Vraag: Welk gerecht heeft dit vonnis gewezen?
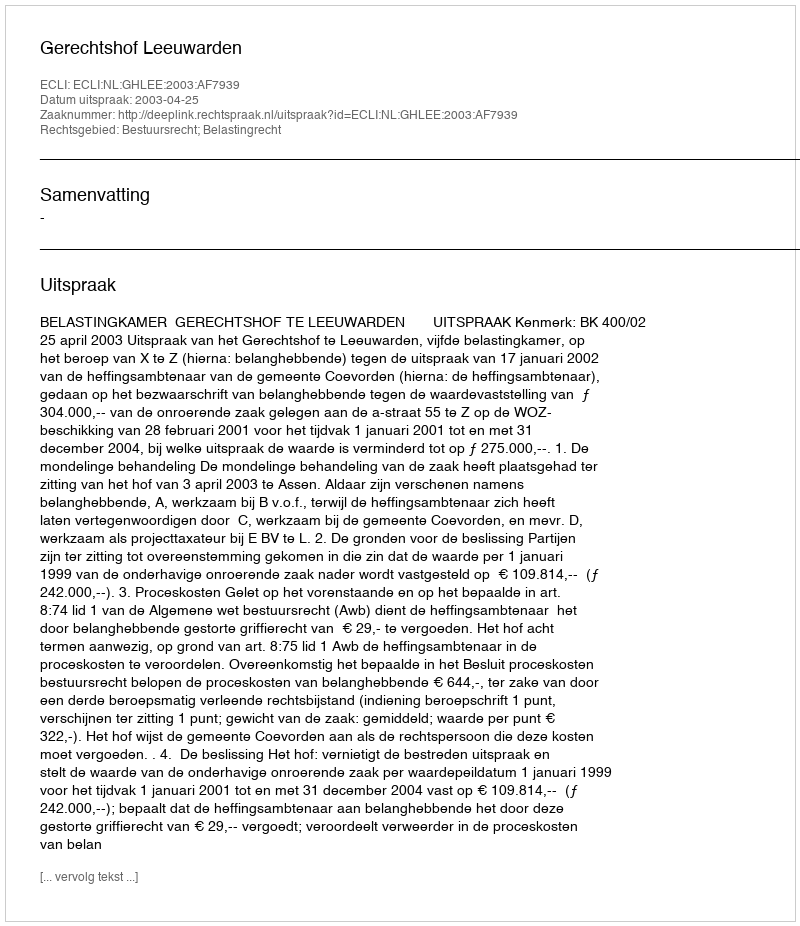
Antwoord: Gerechtshof Leeuwarden